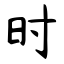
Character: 时